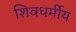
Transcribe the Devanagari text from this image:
शिवधर्मीय